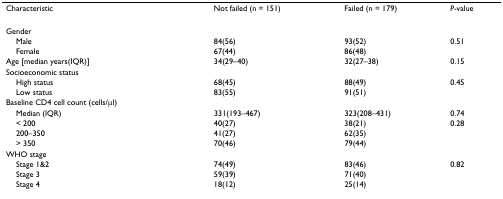
| Characteristic | Not failed (n = 151) | Failed (n = 179) | P-value |
 | --- | --- | --- | --- |
 | Gender |  |  |  |
 | Male | 84(56) | 93(52) | 0.51 |
 | Female | 67(44) | 86(48) |  |
 | Age [median years(IQR)] | 34(29–40) | 32(27–38) | 0.15 |
 | Socioeconomic status |  |  |  |
 | High status | 68(45) | 88(49) | 0.45 |
 | Low status | 83(55) | 91(51) |  |
 | Baseline CD4 cell count (cells/μl) |  |  |  |
 | Median (IQR) | 331(193–467) | 323(208–431) | 0.74 |
 | < 200 | 40(27) | 38(21) | 0.28 |
 | 200–350 | 41(27) | 62(35) |  |
 | > 350 | 70(46) | 79(44) |  |
 | WHO stage |  |  |  |
 | Stage 1&2 | 74(49) | 83(46) | 0.82 |
 | Stage 3 | 59(39) | 71(40) |  |
 | Stage 4 | 18(12) | 25(14) |  |